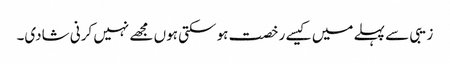
زیبی سے پہلے میں کیسے رخصت ہو سکتی ہوں مجھے نہیں کرنی شادی۔